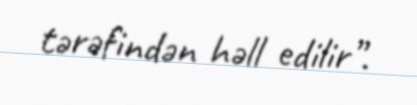
tərəfindən həll edilir”.